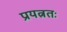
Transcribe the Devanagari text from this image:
प्रयत्नतः